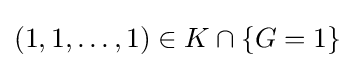
(1,1,\ldots ,1)\in K\cap \{G=1\}